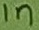
Text: 1n